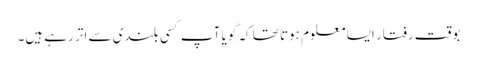
بوقت ِرفتار ایسا معلوم ہوتا تھا کہ گویا آپ کسی بلندی سے اتر رہے ہیں۔